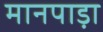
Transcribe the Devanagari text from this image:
मानपाड़ा